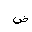
Letter: _dad